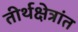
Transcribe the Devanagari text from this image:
तीर्थक्षेत्रांत